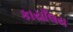
કાયાઁલય